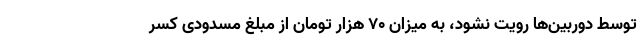
توسط دوربین‌ها رویت نشود، به میزان ۷۰ هزار تومان از مبلغ مسدودی کسر